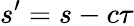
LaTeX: s^{\prime}=s-c\tau